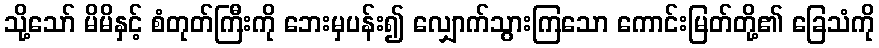
သို့သော် မိမိနှင့် စံတုတ်ကြီးကို ဘေးမှပန်း၍ လျှောက်သွားကြသော ကောင်းမြတ်တို့၏ ခြေသံကို